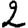
Digit: 2